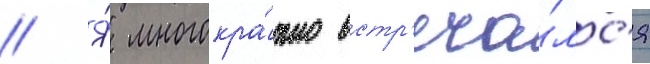
// Я́ многокра́тно встр'еча́лс'я